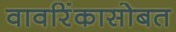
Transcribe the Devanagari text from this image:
वावरिंकासोबत